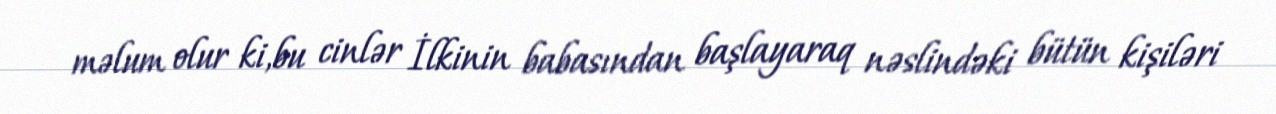
məlum olur ki,bu cinlər İlkinin babasından başlayaraq nəslindəki bütün kişiləri